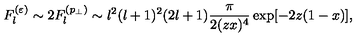
F _ { l } ^ { ( \varepsilon ) } \sim 2 F _ { l } ^ { ( p _ { \perp } ) } \sim l ^ { 2 } ( l + 1 ) ^ { 2 } ( 2 l + 1 ) \frac { \pi } { 2 ( z x ) ^ { 4 } } \exp [ - 2 z ( 1 - x ) ] ,